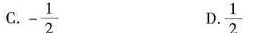
C.-\frac{1}{2} D.\frac{1}{2}